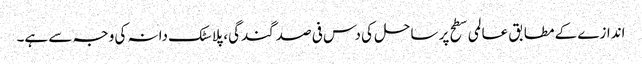
اندازے کے مطابق عالمی سطح پر ساحل کی دس فی صد گندگی، پلاسٹک دانہ کی وجہ سے ہے۔